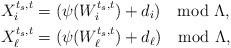
LaTeX: \begin{align*}X_{i}^{t_s,t}&=(\psi(W_i^{t_s,t})+d_i)\mod\Lambda, \\X_{\ell}^{t_s,t}&=(\psi(W_\ell^{t_s,t})+d_\ell)\mod\Lambda,\end{align*}